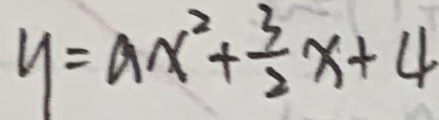
y = a x ^ { 2 } + \frac { 3 } { 2 } x + 4